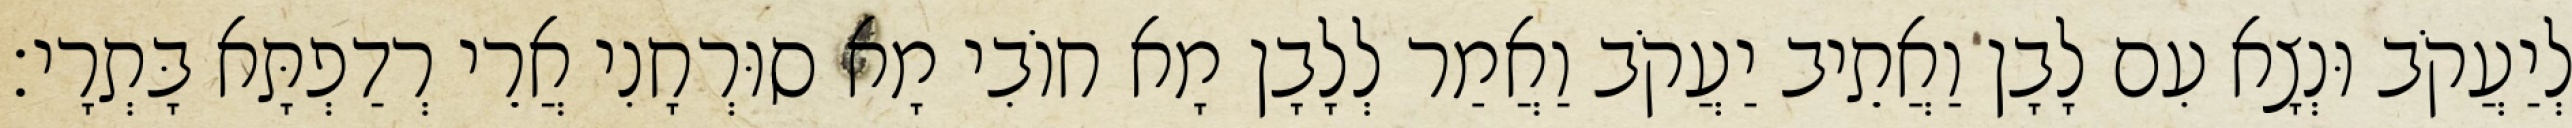
לְיַעֲקֹב וּנְצָא עִם לָבָן וַאֲתֵיב יַעֲקֹב וַאֲמַר לְלָבָן מָא חוֹבִי מָא סוּרְחָנִי אֲרֵי רְדַפְתָּא בָּתְרָי׃